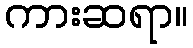
ကားဆရာ။